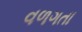
વળગતા